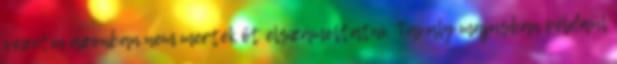
vezetői azonban nem merték őt elszámoltatni. Tavaly májusban például